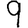
Digit: 9